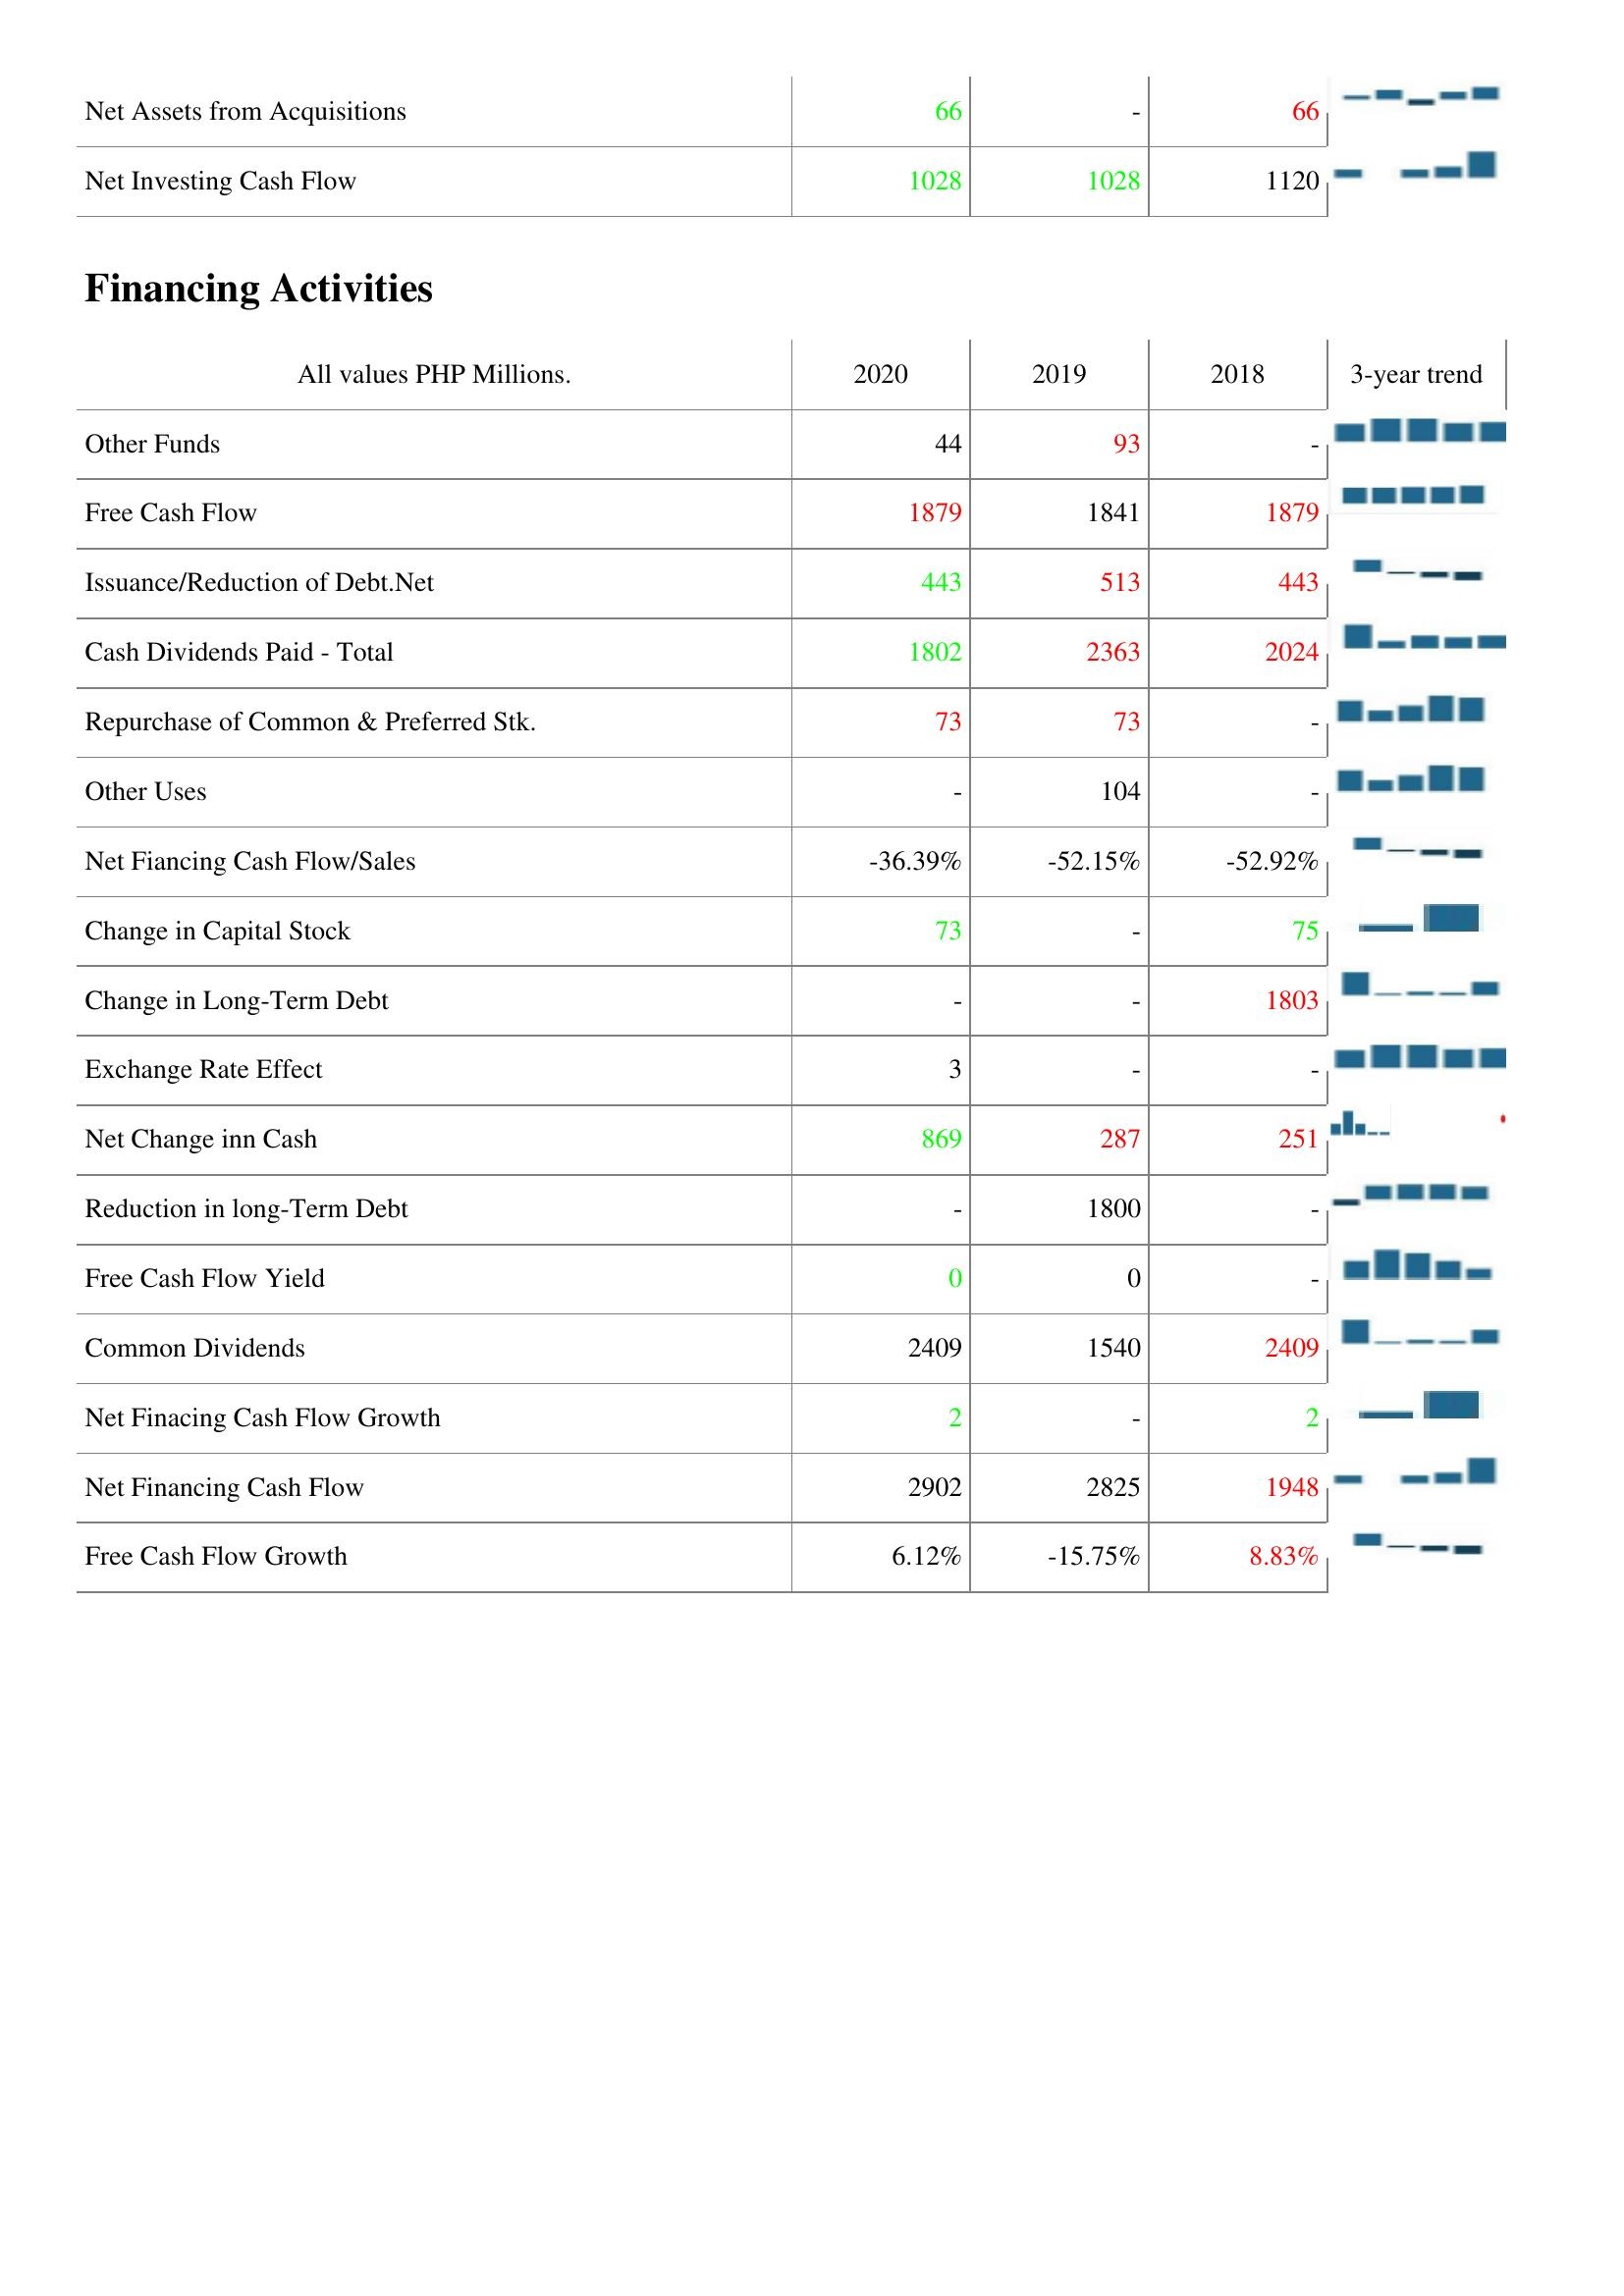
2020: Investing Activities: Net Assets from Acquisitions: 66
Net Investing Cash Flow: 1028
Financing Activities: Other Funds: 44
Free Cash Flow: 1879
Issuance/Reduction of Debt.Net: 443
Cash Dividends Paid - Total: 1802
Repurchase of Common & Preferred Stk.: 73
Other Uses: -
Net Fiancing Cash Flow/Sales: -36.39%
Change in Capital Stock: 73
Change in Long-Term Debt: -
Exchange Rate Effect: 3
Net Change inn Cash: 869
Reduction in long-Term Debt: -
Free Cash Flow Yield: 0
Common Dividends: 2409
Net Finacing Cash Flow Growth: 2
Net Financing Cash Flow: 2902
Free Cash Flow Growth: 6.12%
2019: Investing Activities: Net Assets from Acquisitions: -
Net Investing Cash Flow: 1028
Financing Activities: Other Funds: 93
Free Cash Flow: 1841
Issuance/Reduction of Debt.Net: 513
Cash Dividends Paid - Total: 2363
Repurchase of Common & Preferred Stk.: 73
Other Uses: 104
Net Fiancing Cash Flow/Sales: -52.15%
Change in Capital Stock: -
Change in Long-Term Debt: -
Exchange Rate Effect: -
Net Change inn Cash: 287
Reduction in long-Term Debt: 1800
Free Cash Flow Yield: 0
Common Dividends: 1540
Net Finacing Cash Flow Growth: -
Net Financing Cash Flow: 2825
Free Cash Flow Growth: -15.75%
2018: Investing Activities: Net Assets from Acquisitions: 66
Net Investing Cash Flow: 1120
Financing Activities: Other Funds: -
Free Cash Flow: 1879
Issuance/Reduction of Debt.Net: 443
Cash Dividends Paid - Total: 2024
Repurchase of Common & Preferred Stk.: -
Other Uses: -
Net Fiancing Cash Flow/Sales: -52.92%
Change in Capital Stock: 75
Change in Long-Term Debt: 1803
Exchange Rate Effect: -
Net Change inn Cash: 251
Reduction in long-Term Debt: -
Free Cash Flow Yield: -
Common Dividends: 2409
Net Finacing Cash Flow Growth: 2
Net Financing Cash Flow: 1948
Free Cash Flow Growth: 8.83%